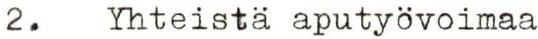
2. Yhteistä aputyövoimaa